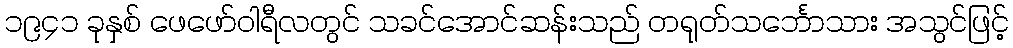
၁၉၄၁ ခုနှစ် ဖေဖော်ဝါရီလတွင် သခင်အောင်ဆန်းသည် တရုတ်သင်္ဘောသား အသွင်ဖြင့်